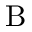
\mathrm { B }